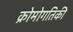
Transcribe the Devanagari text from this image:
क्रोमोगतिकी